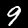
Label: 9